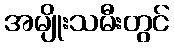
အမျိုးသမီးတွင်